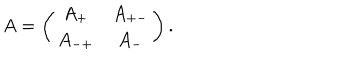
A = \left( \begin{array} { c c } { { A _ { + } } } & { { A _ { + - } } } \\ { { A _ { - + } } } & { { A _ { - } } } \\ \end{array} \right) .